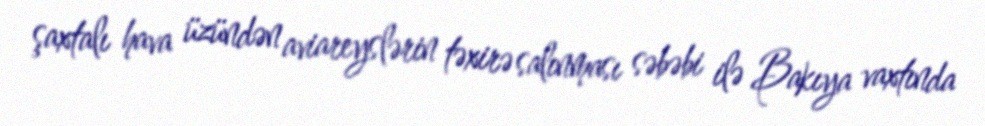
şaxtalı hava üzündən aviareyslərin təxirə salınması səbəbi ilə Bakıya vaxtında